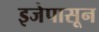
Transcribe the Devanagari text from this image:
इजेपासून